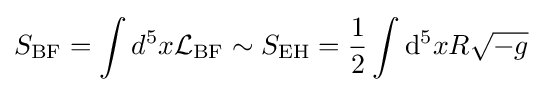
S_{\rm {BF}}=\int d^{5}x{\cal {L}}_{\rm {BF}}\sim S_{\rm {EH}}={1 \over 2}\int \mathrm {d} ^{5}xR{\sqrt {-g}}